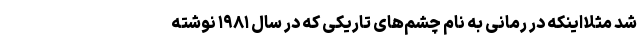
شد مثلاًاینکه در رمانی به نام چشم‌های تاریکی که در سال ۱۹۸۱ نوشته